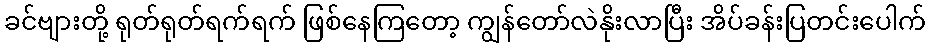
ခင်ဗျားတို့ ရုတ်ရုတ်ရက်ရက် ဖြစ်နေကြတော့ ကျွန်တော်လဲနိုးလာပြီး အိပ်ခန်းပြတင်းပေါက်